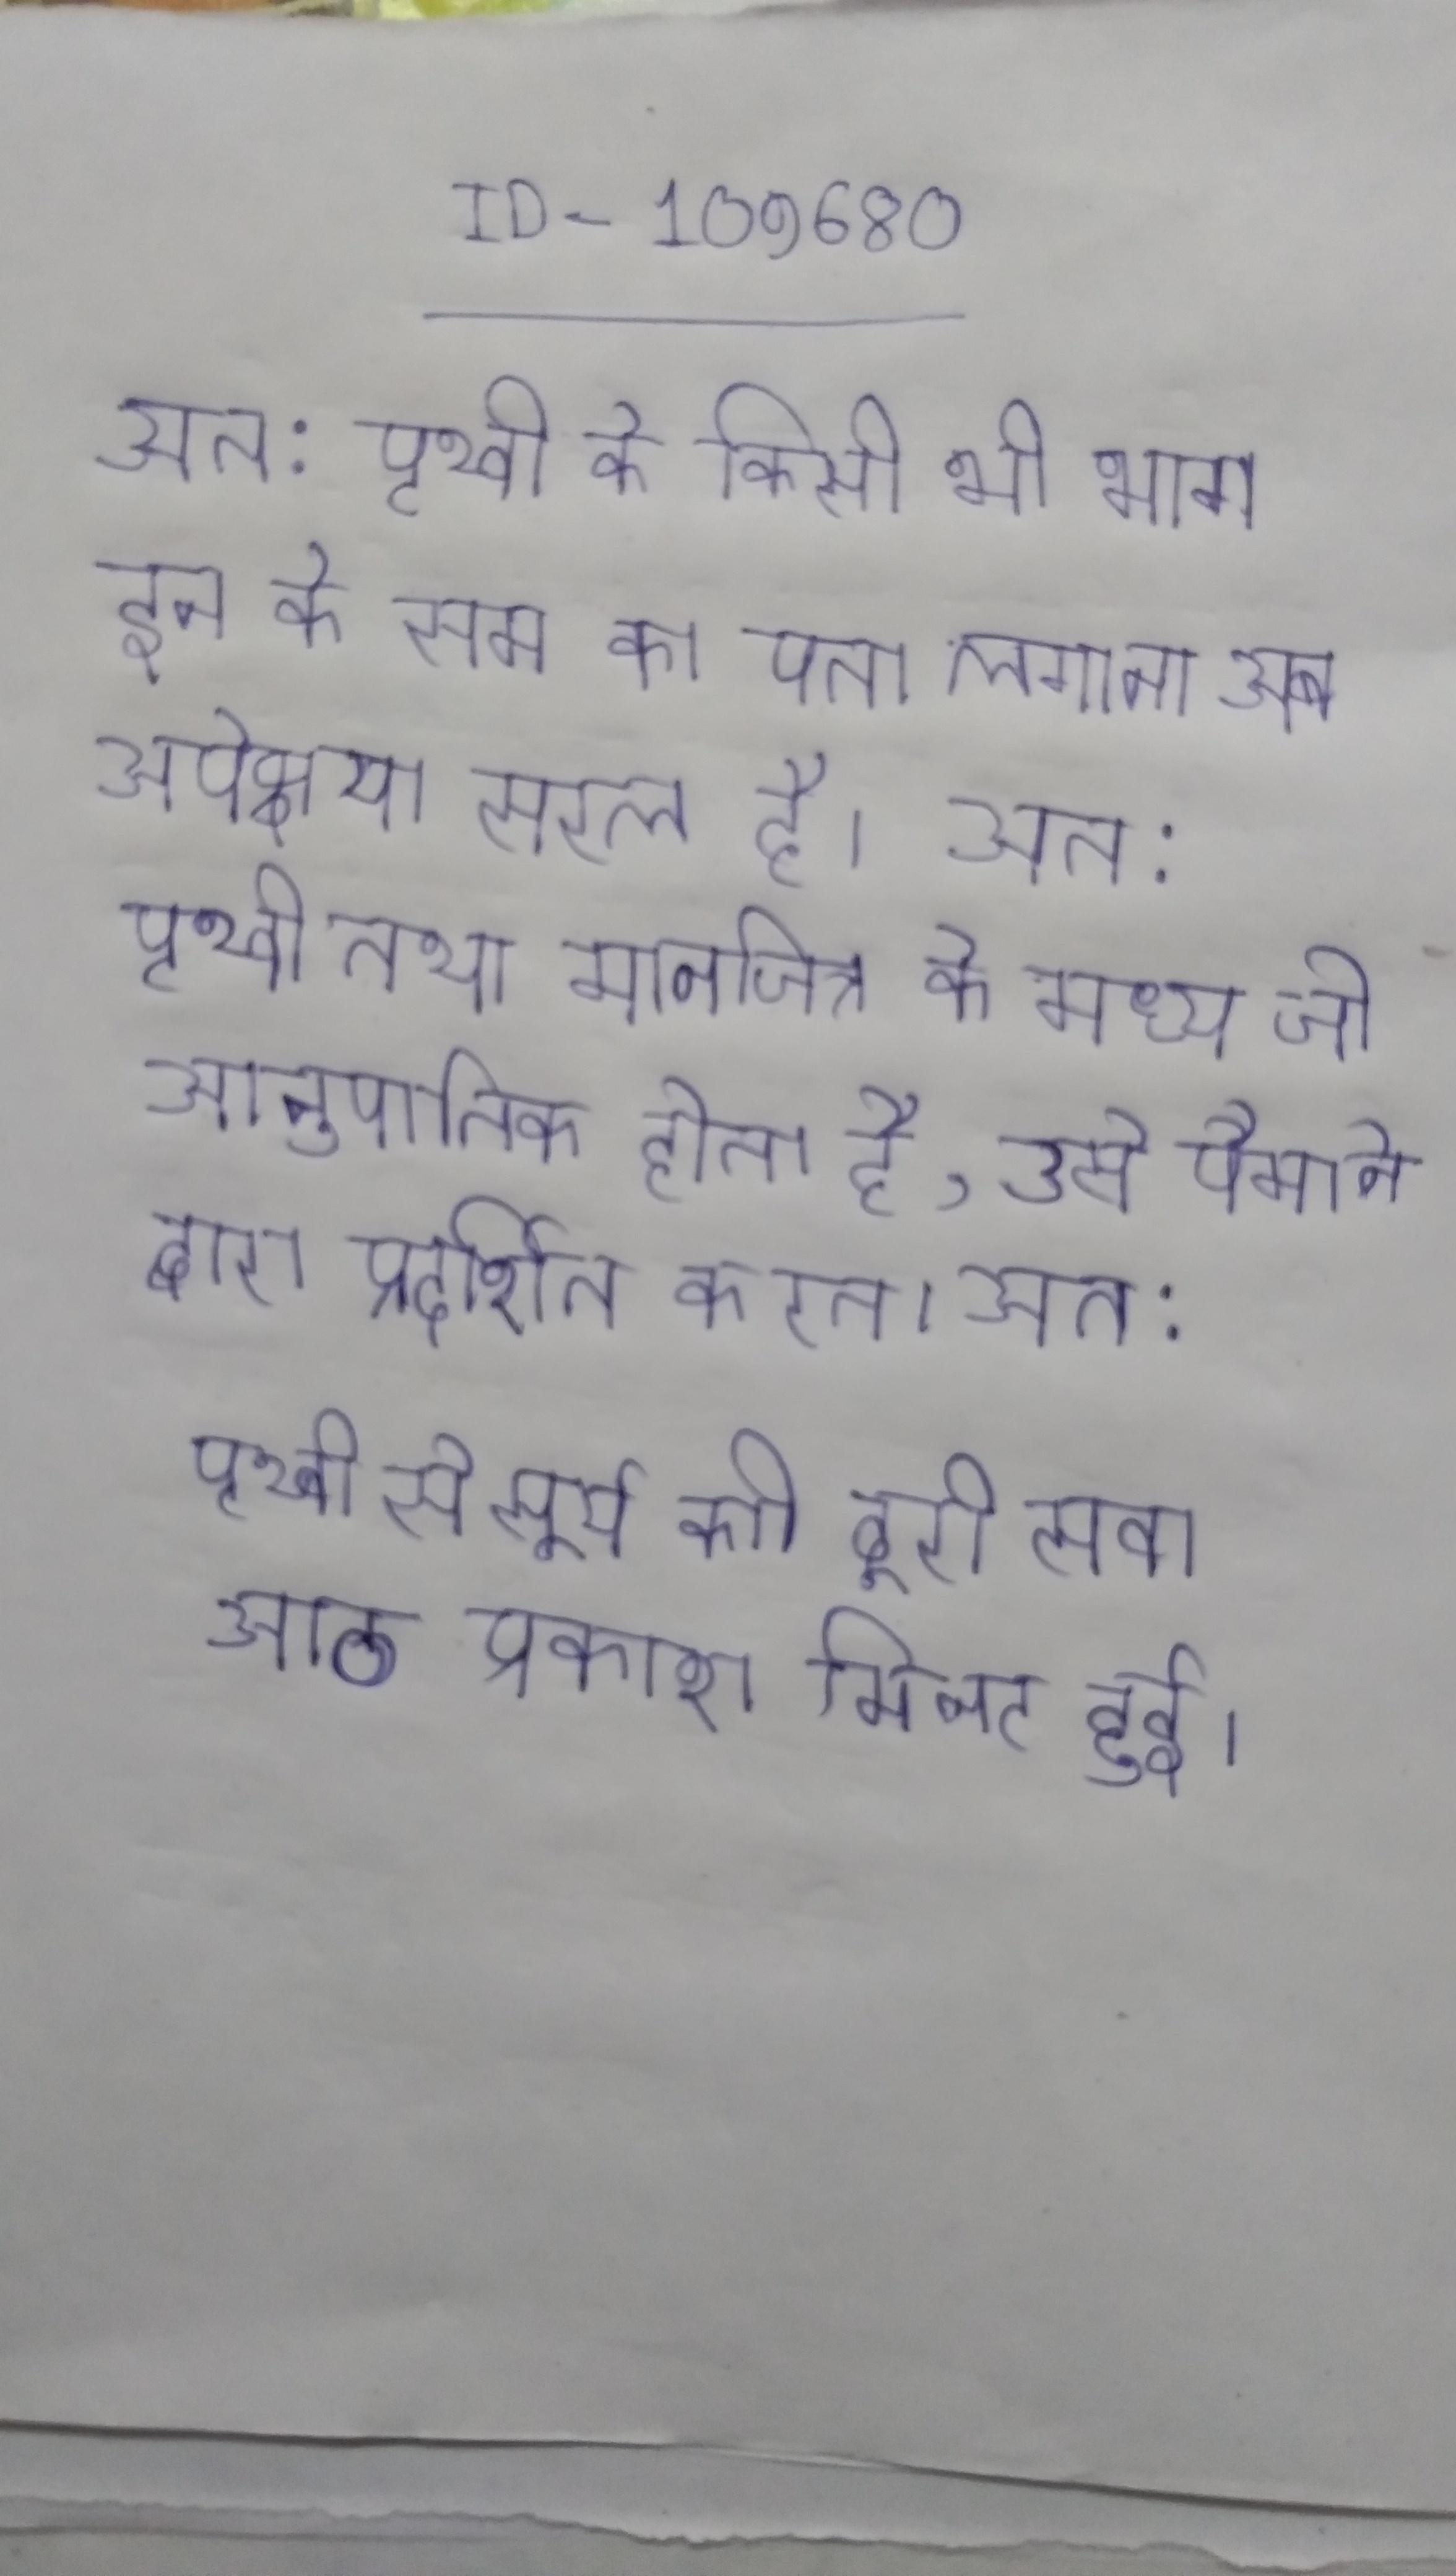
अत: पृथ्वी के किसी भी भाग इन के सम का पता लगाना अब अपेक्षया सरल है । अत: पृथ्वी तथा मानचित्र के मध्य जो आनुपातिक होता है, उसे पैमाने द्वारा प्रदर्शित करते । अत: पृथ्वी से सूर्य की दूरी सवा आठ प्रकाश मिनट हुई ।